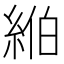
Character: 𦀪